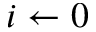
i \leftarrow 0